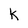
Character: k